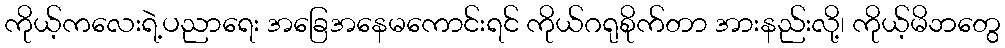
ကိုယ့်ကလေးရဲ့ပညာရေး အခြေအနေမကောင်းရင် ကိုယ်ဂရုစိုက်တာ အားနည်းလို့၊ ကိုယ့်မိဘတွေ